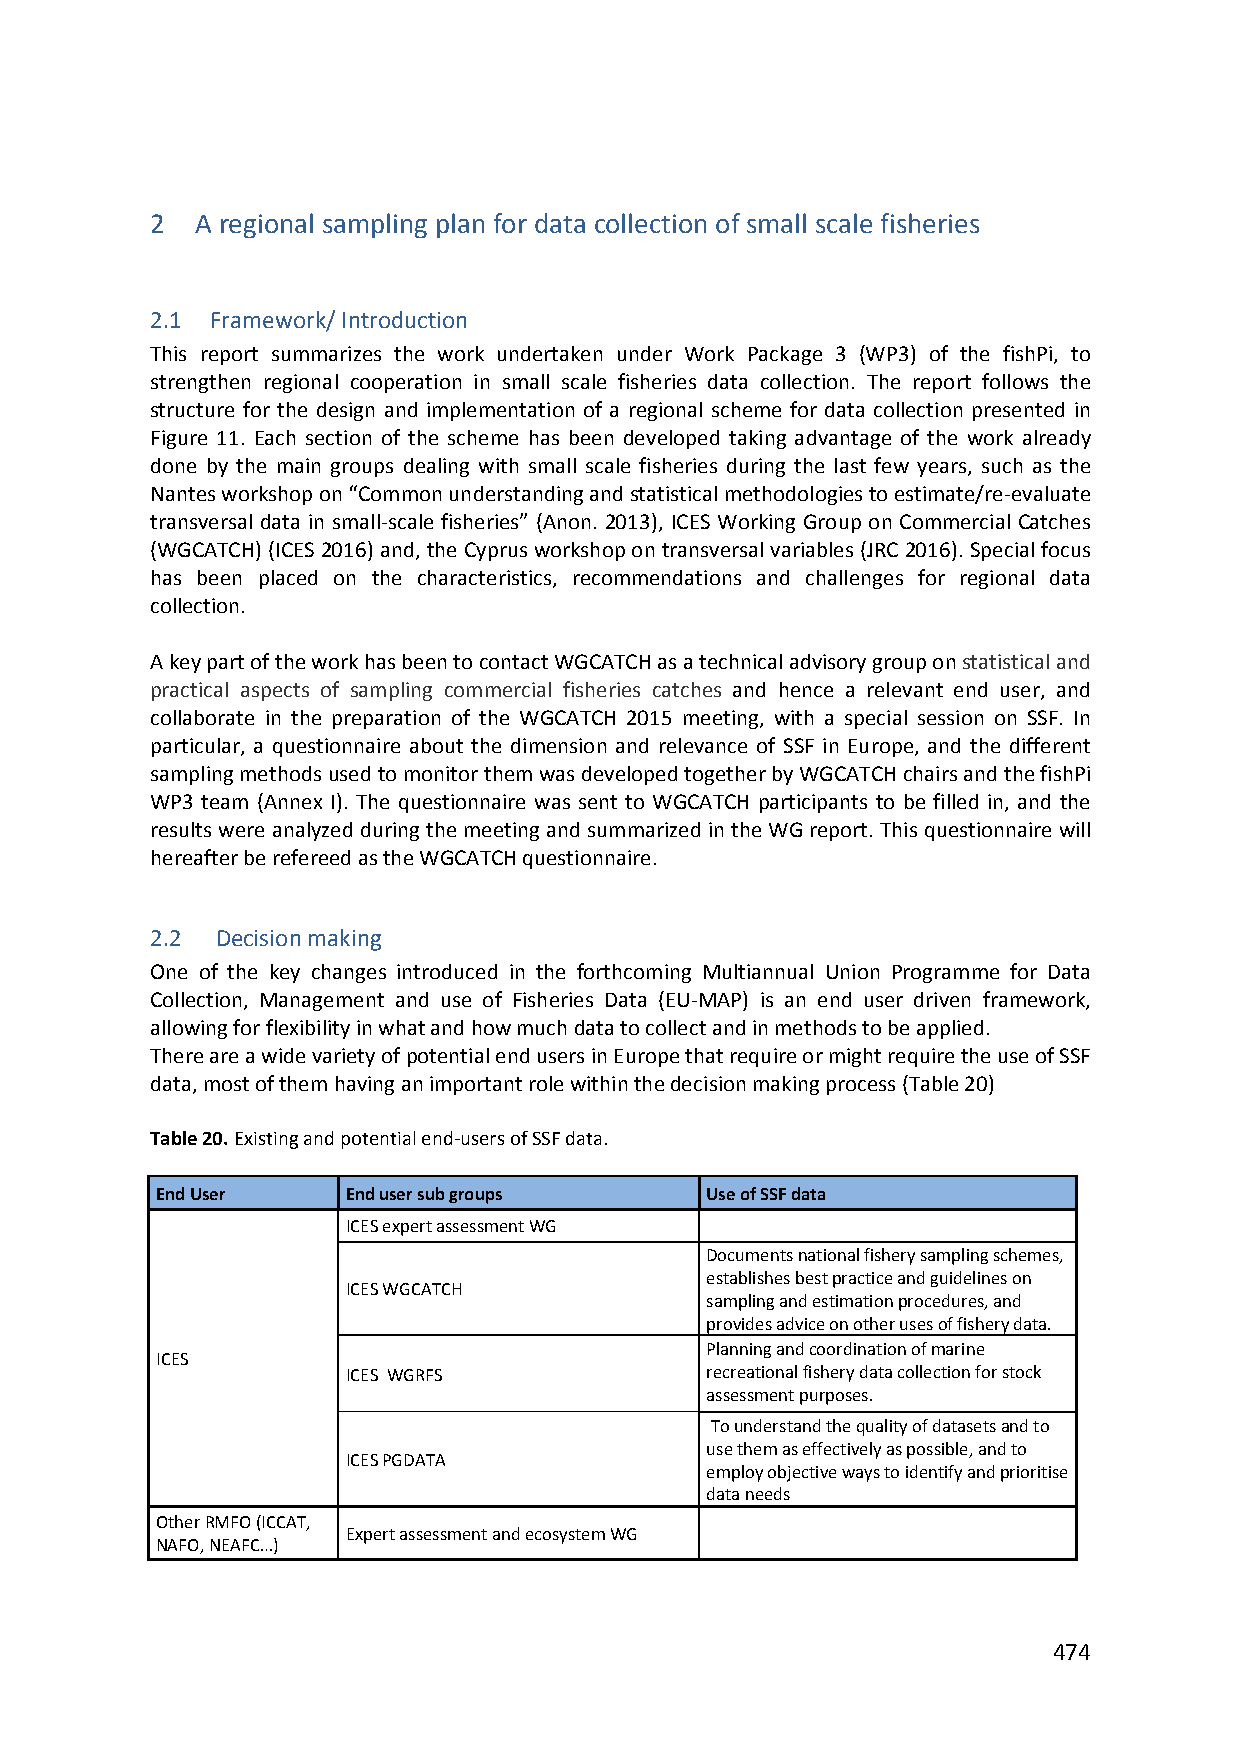
2  A regional sampling plan for data collection of small scale fisheries
 2.1 Framework/ Introduction
 This report summarizes the work undertaken under Work Package 3 (WP3) of the fishPi, to
 strengthen regional cooperation in small scale fisheries data collection. The report follows the
 structure for the design and implementation of a regional scheme for data collection presented in
 Figure 11. Each section of the scheme has been developed taking advantage of the work already
 done by the main groups dealing with small scale fisheries during the last few years, such as the
 Nantes workshop on “Common understanding and statistical methodologies to estimate/re‐evaluate
 transversal data in small‐scale fisheries” (Anon. 2013), ICES Working Group on Commercial Catches
 (WGCATCH) (ICES 2016) and, the Cyprus workshop on transversal variables (JRC 2016). Special focus
 has been placed on the characteristics, recommendations and challenges for regional data
 collection.
 A key part of the work has been to contact WGCATCH as a technical advisory group on statistical and
 practical aspects of sampling commercial fisheries catches and hence a relevant end user, and
 collaborate in the preparation of the WGCATCH 2015 meeting, with a special session on SSF. In
 particular, a questionnaire about the dimension and relevance of SSF in Europe, and the different
 sampling methods used to monitor them was developed together by WGCATCH chairs and the fishPi
 WP3 team (Annex I). The questionnaire was sent to WGCATCH participants to be filled in, and the
 results were analyzed during the meeting and summarized in the WG report. This questionnaire will
 hereafter be refereed as the WGCATCH questionnaire.
 2.2 Decision making
 One of the key changes introduced in the forthcoming Multiannual Union Programme for Data
 Collection, Management and use of Fisheries Data (EU‐MAP) is an end user driven framework,
 allowing for flexibility in what and how much data to collect and in methods to be applied.
 There are a wide variety of potential end users in Europe that require or might require the use of SSF
 data, most of them having an important role within the decision making process (Table 20)
 Table 20. Existing and potential end‐users of SSF data.
 End User     End user sub groups     Use of SSF data
 ICES expert assessment WG
 Documents national fishery sampling schemes,
 establishes best practice and guidelines on
 ICES WGCATCH
 sampling and estimation procedures, and
 provides advice on other uses of fishery data.
 Planning and coordination of marine
 ICES
 ICES WGRFS              recreational fishery data collection for stock
 assessment purposes.
 To understand the quality of datasets and to
 use them as effectively as possible, and to
 ICES PGDATA
 employ objective ways to identify and prioritise
 data needs
 Other RMFO (ICCAT,
 Expert assessment and ecosystem WG
 NAFO, NEAFC…)
 474